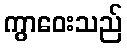
ကွာဝေးသည်